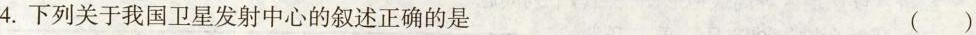
4.下列关于我国卫星发射中心的叙述正确的是（ )